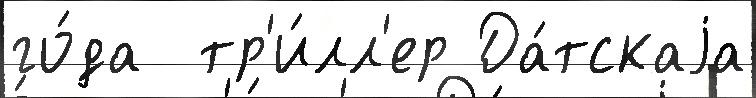
го́да  тр'и́лл'ер Да́тскаjа